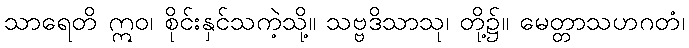
သာရေတိ ဣဝ၊ စိုင်းနှင်သကဲ့သို့။ သဗ္ဗဒိသာသု၊ တို့၌။ မေတ္တာသဟဂတံ၊